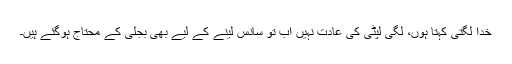
خدا لگتی کہتا ہوں، لگی لپٹی کی عادت نہیں اب تو سانس لینے کے لیے بھی بجلی کے محتاج ہوگئے ہیں‌۔